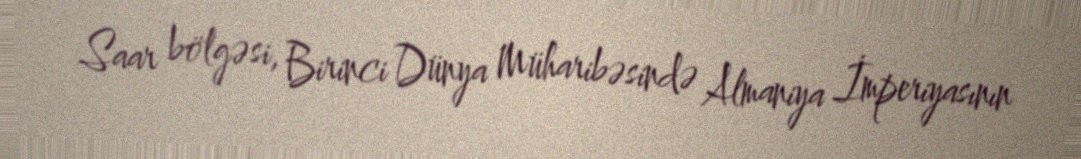
Saar bölgəsi, Birinci Dünya Müharibəsində Almaniya İmperiyasının